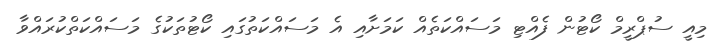
މިއީ ސުޕްރީމް ކޯޓުން ފެއްޓި މަސައްކަތެއް ކަމަށާއި އެ މަސައްކަތުގައި ކޯޓުތަކުގެ މަސައްކަތްކުރައްވާ